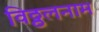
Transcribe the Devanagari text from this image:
विठ्ठलनाम